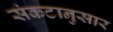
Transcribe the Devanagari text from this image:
संकटानुसार